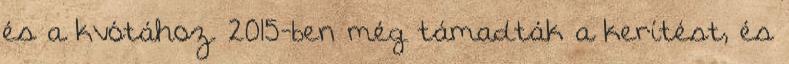
és a kvótához. 2015-ben még támadták a kerítést, és